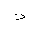
Letter: _thal